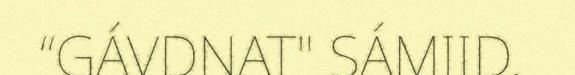
“GÁVDNAT" SÁMIID.